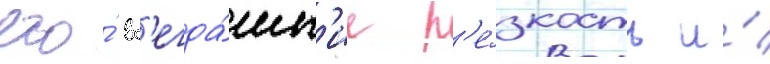
его́ вс'егда́шн'ие р'е́зкость и́